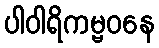
ပါဝါရိကမ္ဗဝနေ